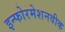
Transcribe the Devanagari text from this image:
इन्फोरमेशनवीक